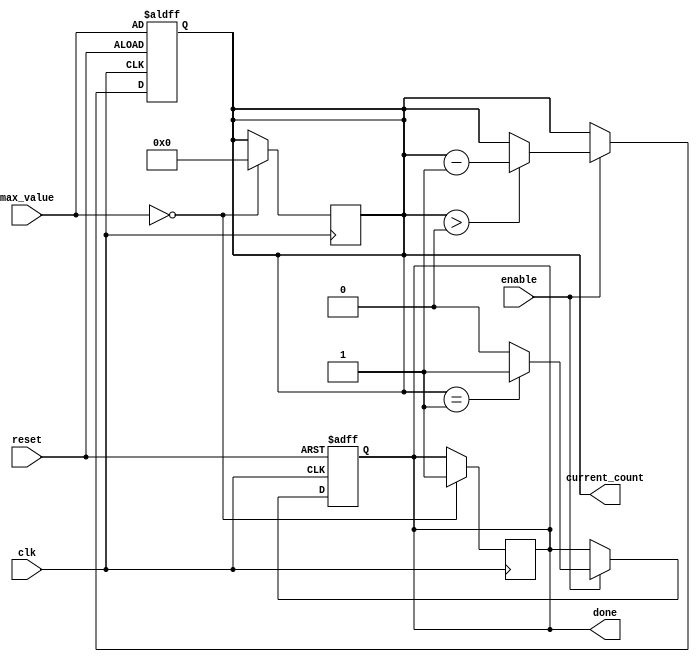
module decremental_counter (
    input wire clk,               // Clock signal
    input wire reset,             // Asynchronous reset
    input wire enable,            // Enable signal for counting
    input wire [7:0] max_value,   // Maximum value for the counter
    output reg [7:0] current_count, // Current count value
    output reg done               // Done flag
);

    // Initial state
    initial begin
        current_count = 0;
        done = 0;
    end

    // Asynchronous reset
    always @(posedge clk or posedge reset) begin
        if (reset) begin
            // Reset current_count to max_value and clear done flag
            current_count <= max_value;
            done <= 0;
        end else if (enable) begin
            if (current_count > 0) begin
                // Decrement the counter
                current_count <= current_count - 1;
            end
            
            // Assert done flag when current_count reaches zero
            if (current_count == 1) begin
                done <= 1;
            end else begin
                done <= 0;
            end
        end
    end

    // Handle the case when max_value is zero
    always @(posedge clk) begin
        if (max_value == 0) begin
            current_count <= 0;
            done <= 1;
        end
    end

endmodule